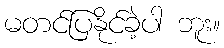
မတင်ပြနိုင်ခဲ့ပါ ဘူး။